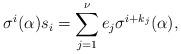
LaTeX: \begin{align*}\sigma^i(\alpha)s_i=\sum_{j=1}^\nu e_j\sigma^{i+k_j}(\alpha),\end{align*}